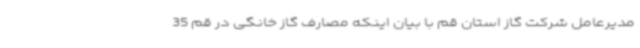
مدیرعامل شرکت گاز استان قم با بیان اینکه مصارف گاز خانگی در قم 35